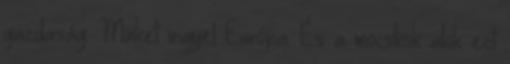
gazdaság. Minket irigyel Európa. És a mocskok akik ezt